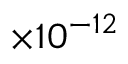
\times 1 0 ^ { - 1 2 }